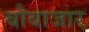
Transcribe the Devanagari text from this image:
बौबाजार